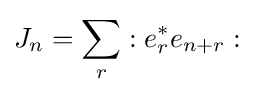
J_{n}=\sum _{r}:e_{r}^{*}e_{n+r}: